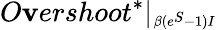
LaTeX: O\mathbf{v}ershoot^{*}|_{\substack{_{\beta(e^{S}-1)I}}}